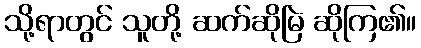
သို့ရာတွင် သူတို့ ဆက်ဆိုမြဲ ဆိုကြ၏။